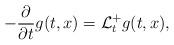
LaTeX: \begin{align*}-\frac\partial{\partial t}g(t,x)=\mathcal{L}_t^+ g(t,x),\end{align*}